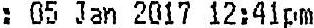
: 05 JAN 2017 12:41PM